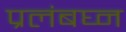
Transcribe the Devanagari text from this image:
प्रलंबघ्न